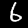
Label: 6